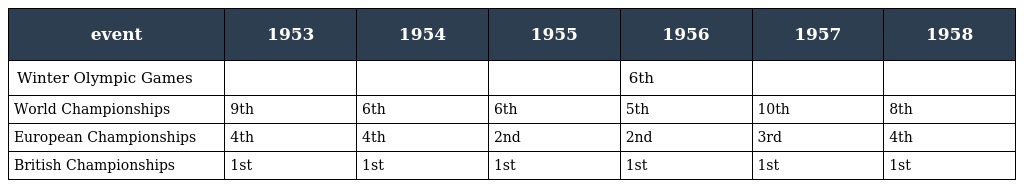
| event | 1953 | 1954 | 1955 | 1956 | 1957 | 1958 |
 | --- | --- | --- | --- | --- | --- | --- |
 | Winter Olympic Games |  |  |  | 6th |  |  |
 | World Championships | 9th | 6th | 6th | 5th | 10th | 8th |
 | European Championships | 4th | 4th | 2nd | 2nd | 3rd | 4th |
 | British Championships | 1st | 1st | 1st | 1st | 1st | 1st |